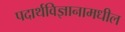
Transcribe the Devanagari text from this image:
पदार्थविज्ञानामधील